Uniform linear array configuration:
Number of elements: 32
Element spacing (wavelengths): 0.25
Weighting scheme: uniform
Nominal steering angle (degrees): -60
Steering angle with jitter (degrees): -60.382
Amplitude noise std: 0.05
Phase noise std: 0.05

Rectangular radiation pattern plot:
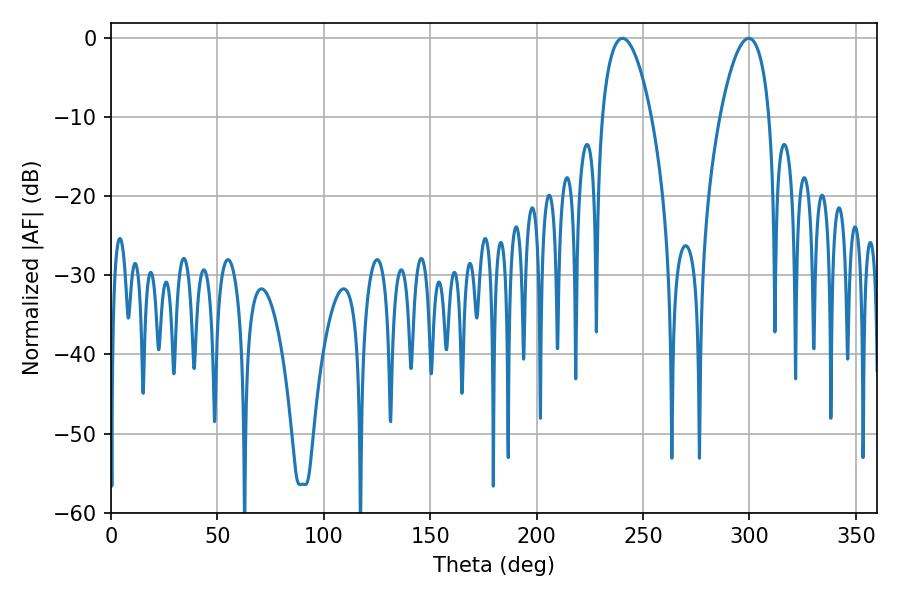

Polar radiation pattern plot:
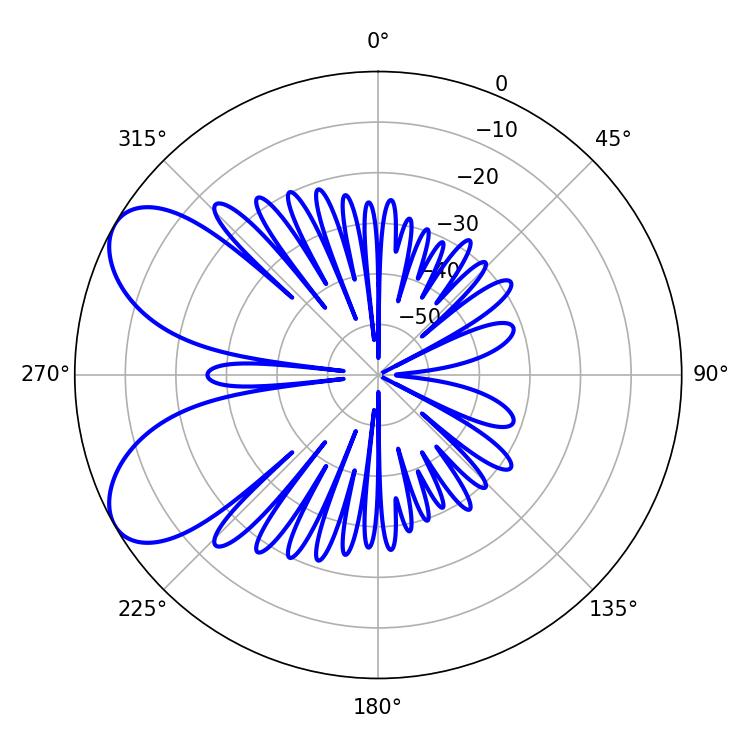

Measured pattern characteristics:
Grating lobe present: FALSE
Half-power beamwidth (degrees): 12.96
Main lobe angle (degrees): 240.3